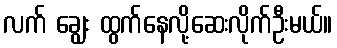
လက် ချွေး ထွက်နေလို့ဆေးလိုက်ဦးမယ်။